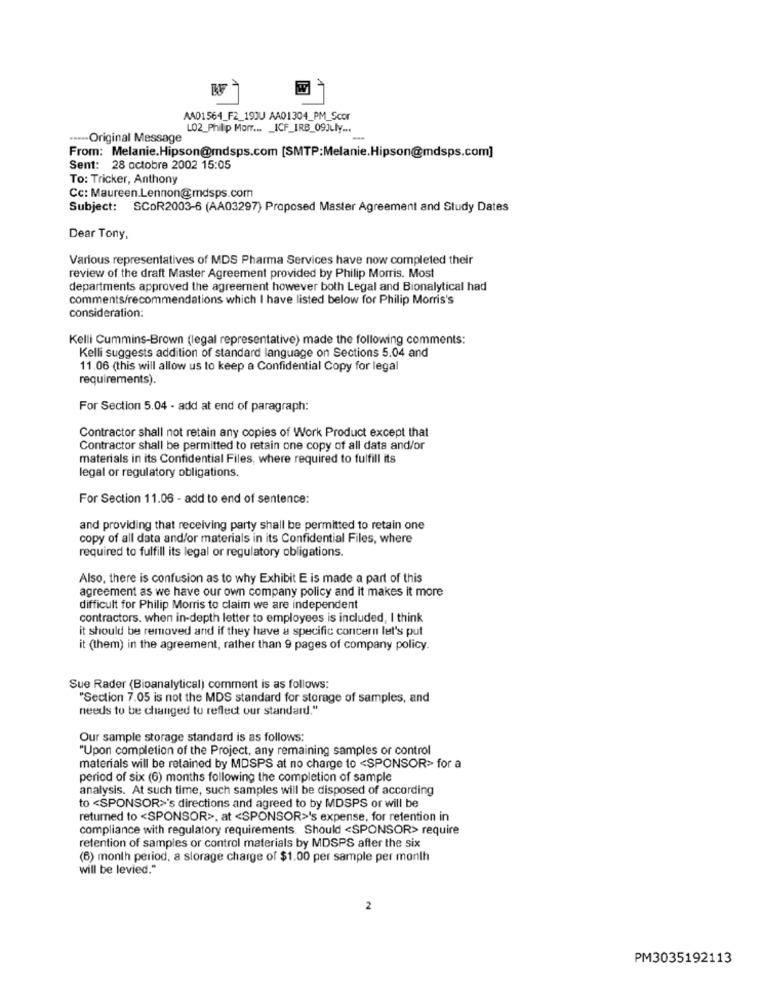
A
AAD1564_F2_19JU AA01304_PM_Scor
LO2_Philip Morr ... _ ICF_IRB_09July ...
.---- Original Message
-
From: Melanie.Hipson@mdsps.com [SMTP:Melanie.Hipson@mdsps.com]
Sent: 28 octobre 2002 15:05
To: Tricker, Anthony
Cc: Maureen.Lennon@mdsps.com
Subject: SCOR2003-6 (AA03297) Proposed Master Agreement and Study Dates
Dear Tony,
Various representatives of MDS Pharma Services have now completed their
review of the draft Master Agreement provided by Philip Morris. Most
departments approved the agreement however both Legal and Bionalytical had
comments/recommendations which I have listed below for Philip Morris's
consideration:
Kelli Cummins-Brown (legal representative) made the following comments:
Kelli suggests addition of standard language on Sections 5.04 and
11.06 (this will allow us to keep a Confidential Copy for legal
requirements).
For Section 5.04 - add at end of paragraph:
Contractor shall not retain any copies of Work Product except that
Contractor shall be permitted to retain one copy of all data and/or
materials in its Confidential Files, where required to fulfill its
legal or regulatory obligations.
For Section 11.06 - add to end of sentence:
and providing that receiving party shall be permitted to retain one
copy of all data and/or materials in its Confidential Files, where
required to fulfill its legal or regulatory obligations.
Also, there is confusion as to why Exhibit E is made a part of this
agreement as we have our own company policy and it makes it more
difficult for Philip Morris to claim we are independent
contractors. when in-depth letter to employees is included, I think
it should be removed and if they have a specific concern let's put
it (them) in the agreement, rather than 9 pages of company policy.
Sue Rader (Bioanalytical) comment is as follows:
"Section 7.05 is not the MDS standard for storage of samples, and
needs to be changed to reflect our standard."
Our sample storage standard is as follows:
"Upon completion of the Project, any remaining samples or control
materials will be retained by MDSPS at no charge to <SPONSOR> for a
period of six (6) months following the completion of sample
analysis. At such time, such samples will be disposed of according
to <SPONSOR>'s directions and agreed to by MDSPS or will be
returned to <SPONSOR>, at <SPONSOR>'s expense, for retention in
compliance with regulatory requirements. Should <SPONSOR> require
retention of samples or control materials by MDSPS after the six
(6) month period, a slorage charge of $1.00 per sample per month
will be levied."
2
PM3035192113